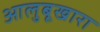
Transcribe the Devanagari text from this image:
आलुबूखारा